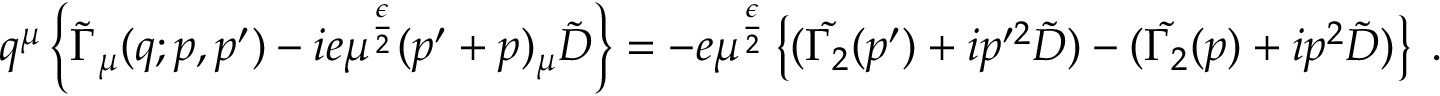
q ^ { \mu } \left\{ \tilde { \Gamma } _ { \mu } ( q ; p , p ^ { \prime } ) - i e \mu ^ { \frac { \epsilon } { 2 } } ( p ^ { \prime } + p ) _ { \mu } \tilde { D } \right\} = - e \mu ^ { \frac { \epsilon } { 2 } } \left\{ ( \tilde { \Gamma _ { 2 } } ( p ^ { \prime } ) + i p ^ { \prime 2 } \tilde { D } ) - ( \tilde { \Gamma _ { 2 } } ( p ) + i p ^ { 2 } \tilde { D } ) \right\} \; .